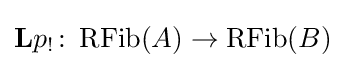
\mathbf {L} p_{!}\colon \operatorname {RFib} (A)\rightarrow \operatorname {RFib} (B)